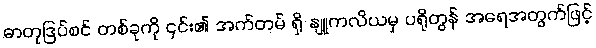
ဓာတုဒြပ်စင် တစ်ခုကို ၎င်း၏ အက်တမ် ရှိ နျူကလိယမှ ပရိုတွန် အရေအတွက်ဖြင့်